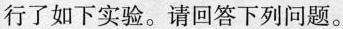
行了如下实验。请回答下列问题。